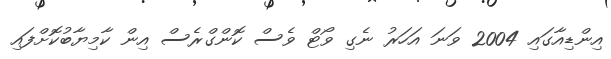
އިންޑިއާގައި 2004 ވަނަ އަހަރު ނެގި ވޯޓް ވެސް ކޮންގްރެސް އިން ކާމިޔާބުކޮށްފައި